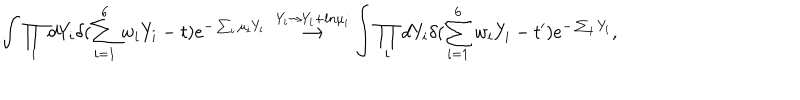
\int \prod _ { i } d Y _ { i } \delta ( \sum _ { i = 1 } ^ { 6 } w _ { i } Y _ { i } - t ) e ^ { - \sum _ { i } \mu _ { i } Y _ { i } } \ \stackrel { Y _ { i } \rightarrow Y _ { i } + l n \mu _ { i } } { \longrightarrow } \int \prod _ { i } d Y _ { i } \delta ( \sum _ { i = 1 } ^ { 6 } w _ { i } Y _ { i } - t ^ { \prime } ) e ^ { - \sum _ { i } Y _ { i } } ,